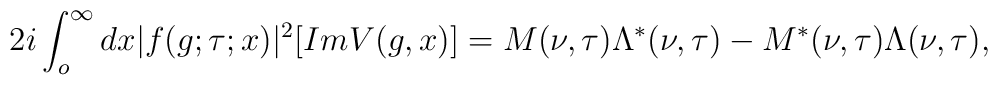
2i\int_{o}^{\infty} dx|f(g;\tau;x)|^2[ImV(g,x)]=M(\nu,\tau)\Lambda^*(\nu,\tau)-M^*(\nu,\tau)\Lambda(\nu,\tau),